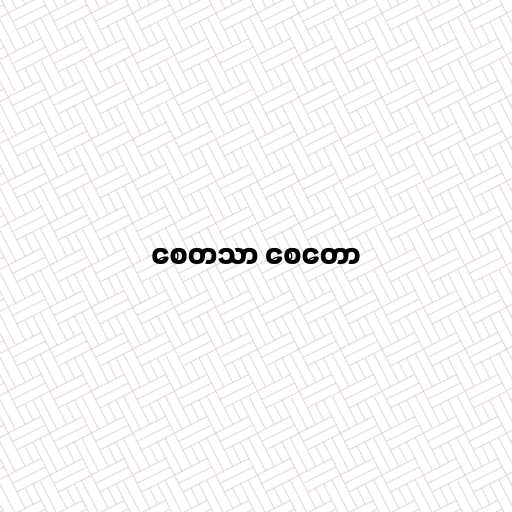
စေတသာ စေတော